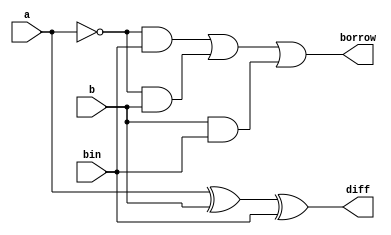
`timescale 1ns / 1ps
//////////////////////////////////////////////////////////////////////////////////
// Company: 
// Engineer: 
// 
// Design Name: 
// Module Name: full_subtractor
// Project Name: 
// Target Devices: 
// Tool Versions: 
// Description: 
// 
// Dependencies: 
// 
// Revision:
// Revision 0.01 - File Created
// Additional Comments:
// 
//////////////////////////////////////////////////////////////////////////////////


module full_subtractor(
    input a,
    input b,
    input bin,
    output diff,
    output borrow
    );
    wire [0:4]r;
    xor x1(diff,a,b,bin);
    not n1(r[0],a);
    and a1(r[1],r[0],bin);
    and a2(r[2],r[0],b);
    and a3(r[3],b,bin);
    or o1(borrow,r[1],r[2],r[3]);
    
endmodule